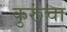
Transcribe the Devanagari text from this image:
कुरूंचा